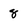
Character: 8